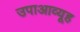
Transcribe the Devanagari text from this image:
उपाआव्यूह